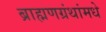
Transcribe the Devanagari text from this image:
ब्राह्मणग्रंथांमधे